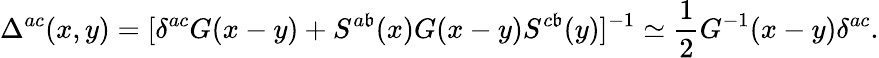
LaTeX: \Delta^{ac}(x,y)=[\delta^{ac}G(x-y)+S^{a\mathfrak{b}}(x)G(x-y)S^{c\mathfrak{b}}(y)]^{-1}\simeq\frac{{1}}{{2}}G^{-1}(x-y)\delta^{ac}.